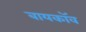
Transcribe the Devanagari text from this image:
बायकॉव